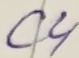
Text: C4